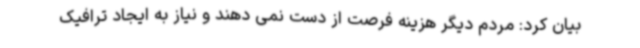
بیان کرد: مردم دیگر هزینه فرصت از دست نمی دهند و نیاز به ایجاد ترافیک